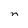
Character: n